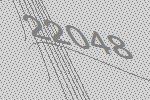
22048